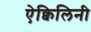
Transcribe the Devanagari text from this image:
ऐक्विलिनी